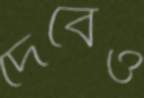
দেবেও